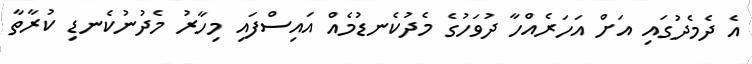
އެ ދެމެދުގައި އަށް އަހަރެއްހާ ދުވަހުގެ މެދުކެނޑުމެއް އައިސްފައި މިހާރު މެދުނުކެނޑި ކުރާތާ